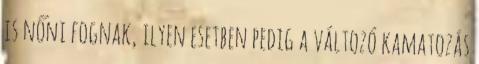
is nőni fognak, ilyen esetben pedig a változó kamatozás